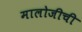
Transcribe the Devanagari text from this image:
मालोजीची